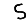
Digit: 5